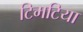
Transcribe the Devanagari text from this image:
टिमटिया